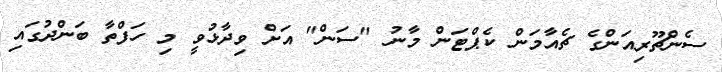
ސެންޗޫރިއަންގެ ޗެއާމަން ކެޕްޓަން މާނު "ސަން" އަށް ވިދާޅުވީ މި ހަފްތާ ބަންދުގައި